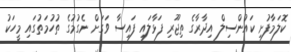
ކޮލަމާފުށި ކައުންސިލް އިދާރާގެ ތިޖޫރި ފަޅާލައި ފައިސާ ވަގަށް ނެގުމުގެ ތުހުމަތުގައި މީހަކު